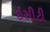
ઇસીટી